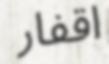
اقفار